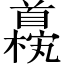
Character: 𫗹